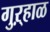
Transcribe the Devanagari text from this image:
गुऱ्हाळ